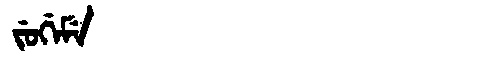
Manchu: ᠵᡠᡤᡝᠮᡝ
Romanization: JUGEME